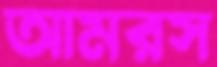
আমরস